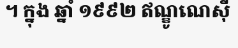
។ ក្នុង ឆ្នាំ ១៩៩២ ឥណ្ឌូណេស៊ី